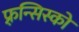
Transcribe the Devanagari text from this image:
फ़्रन्सिस्को